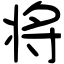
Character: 将